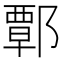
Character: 𨝸